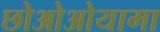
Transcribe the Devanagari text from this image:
छोओओयामा